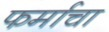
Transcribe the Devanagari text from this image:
फर्माचा